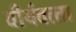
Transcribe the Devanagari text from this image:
वीर्यवत्‍ता